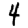
Digit: 4